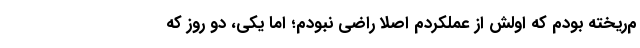
م‌ریخته بودم که اولش از عملکردم اصلا راضی نبودم؛ اما یکی، دو روز که